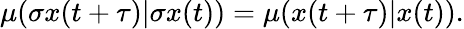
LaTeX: \begin{array}{r}{\mu(\sigma x(t+\tau)|\sigma x(t))=\mu(x(t+\tau)|x(t)).}\end{array}